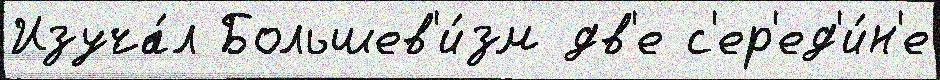
Изуча́л Большев'и́зм дв'е с'ер'ед'и́н'е